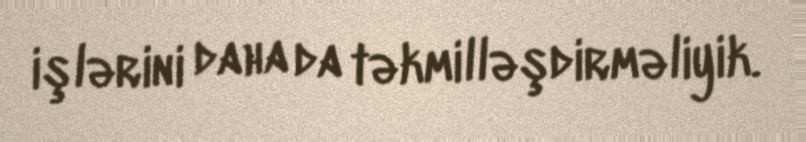
işlərini daha da təkmilləşdirməliyik.